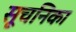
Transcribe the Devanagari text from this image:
सूचनिका